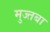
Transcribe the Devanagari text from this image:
मुज्तबा